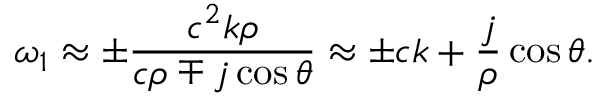
\omega _ { 1 } \approx \pm \frac { c ^ { 2 } k \rho } { c \rho \mp j \cos \theta } \approx \pm c k + \frac { j } { \rho } \cos \theta .